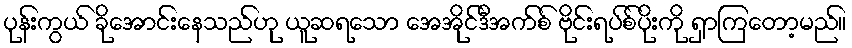
ပုန်းကွယ် ခိုအောင်းနေသည်ဟု ယူဆရသော အေအိုင်ဒီအက်စ် ဗိုင်းရပ်စ်ပိုးကို ရှာကြတော့မည်။